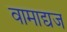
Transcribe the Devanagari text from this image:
वामाद्यज